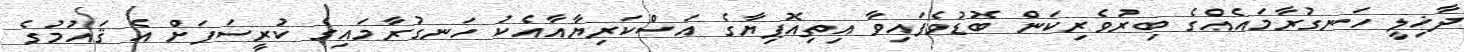
ދާޚިލީ ހަނގުރާމައެއްގެ ބިރުވެރިކަން ބޮޑުވެފައިވާ އިތިއޮޕިޔާގެ އަސްކަރިޔާއާއެކު ހަނގުރާމައިގެ ކުރީސަފަށް އެ ޤައުމުގެ